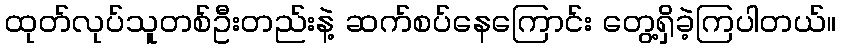
ထုတ်လုပ်သူတစ်ဦးတည်းနဲ့ ဆက်စပ်နေကြောင်း တွေ့ရှိခဲ့ကြပါတယ်။